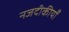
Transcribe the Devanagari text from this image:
नजदीकीयाँ